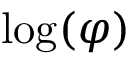
\log ( \varphi )